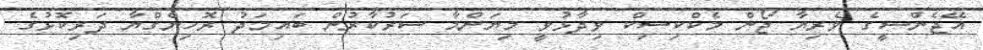
އޭޖެންސީގެ ވެރިޔާ ޖޯން މެކްކިސިކް ވިދާޅުވީ މިޔަންމާ ސަރުކާރުން ބައިމަދު ރޮހިންގްޔާ ދަރިކޮޅުގެ